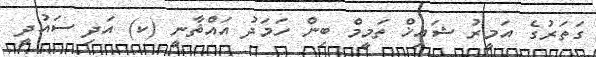
ގަތަރުގެ އަމީރު ޝައިޚް ތަމީމް ބިން ހަމަދު އައްޘާނީ (ކ) އަދި ސައުދީ